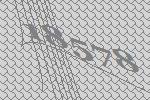
18578